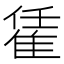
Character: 𨿃